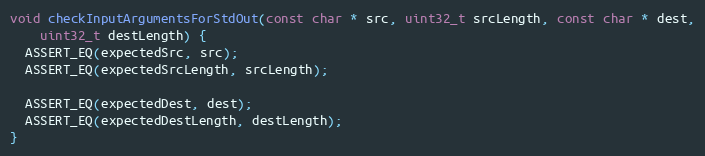
Language: C++
void checkInputArgumentsForStdOut(const char * src, uint32_t srcLength, const char * dest,
    uint32_t destLength) {
  ASSERT_EQ(expectedSrc, src);
  ASSERT_EQ(expectedSrcLength, srcLength);

  ASSERT_EQ(expectedDest, dest);
  ASSERT_EQ(expectedDestLength, destLength);
}